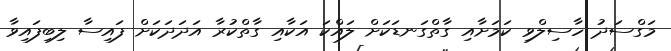
މަގްސަދު ހާސިލްވި ކަމަށާއި ގާތްގަނޑަކަށް ލައްކަ އަކާއި ގާތްކުރާ އަދަދަކަށް ފައިސާ ލިބިފައިވާ